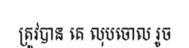
ត្រូវបាន គេ លុបចោល រូច